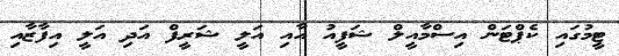
ޓީމުގައި ކެޕްޓަން އިސްމާއީލް ޝަފީއު އާއި އަލީ ޝަރީފް އަދި އަލީ އިފާޒާއި